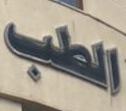
الطب